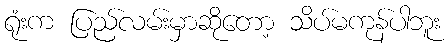
ရုံးက ပြည်လမ်းမှာဆိုတော့ သိပ်မကုန်ပါဘူး